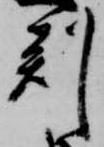
判